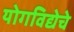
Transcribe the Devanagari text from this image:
योगविद्येचे